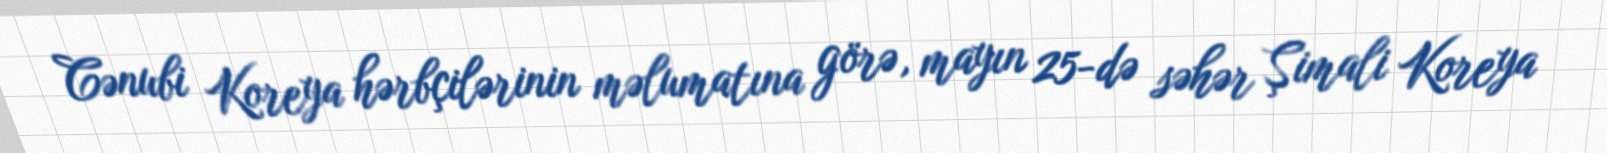
Cənubi Koreya hərbçilərinin məlumatına görə, mayın 25-də səhər Şimali Koreya